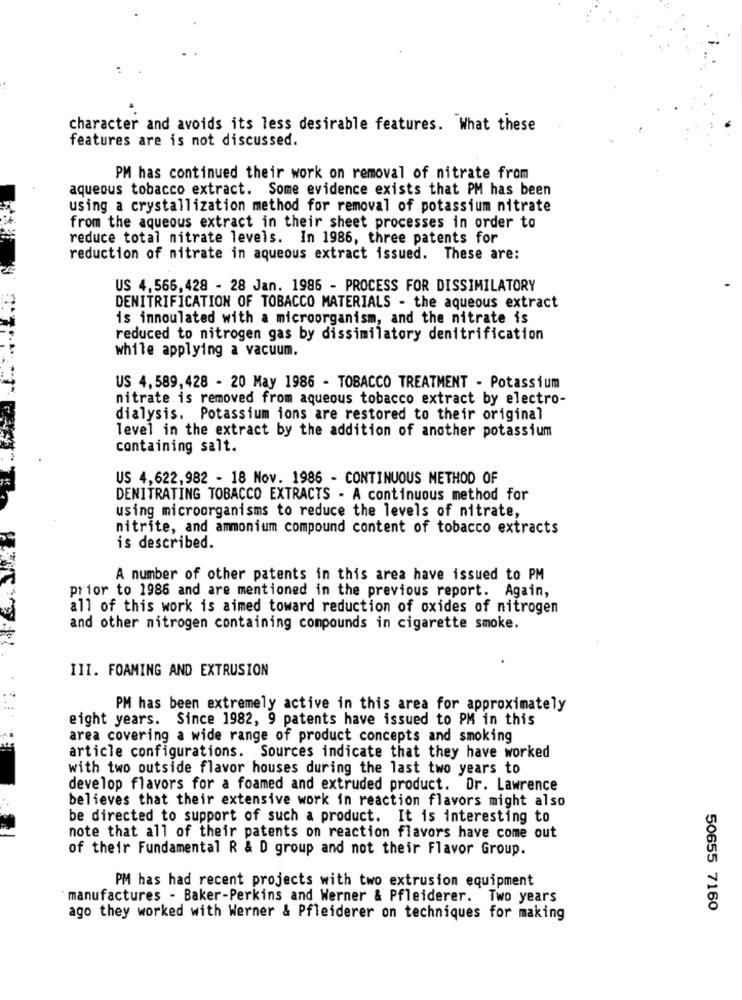
character and avoids its less desirable features. What these
features are is not discussed.
PM has continued their work on removal of nitrate from
aqueous tobacco extract. Some evidence exists that PM has been
using a crystallization method for removal of potassium nitrate
from the aqueous extract in their sheet processes in order to
reduce total nitrate levels. In 1986, three patents for
reduction of nitrate in aqueous extract issued. These are:
US 4,566,428 - 28 Jan. 1986 - PROCESS FOR DISSIMILATORY
DENITRIFICATION OF TOBACCO MATERIALS - the aqueous extract
is innoulated with a microorganism, and the nitrate is
reduced to nitrogen gas by dissimilatory denitrification
while applying a vacuum.
US 4,589,428 - 20 May 1986 - TOBACCO TREATMENT - Potassium
nitrate is removed from aqueous tobacco extract by electro-
dialysis. Potassium ions are restored to their original
level in the extract by the addition of another potassium
containing salt.
US 4,622,982 - 18 Nov. 1986 - CONTINUOUS METHOD OF
DENITRATING TOBACCO EXTRACTS - A continuous method for
using microorganisms to reduce the levels of nitrate,
nitrite, and ammonium compound content of tobacco extracts
is described.
A number of other patents in this area have issued to PM
prior to 1986 and are mentioned in the previous report. Again,
all of this work is aimed toward reduction of oxides of nitrogen
and other nitrogen containing compounds in cigarette smoke.
III. FOAMING AND EXTRUSION
PM has been extremely active in this area for approximately
eight years. Since 1982, 9 patents have issued to PM in this
area covering a wide range of product concepts and smoking
article configurations. Sources indicate that they have worked
with two outside flavor houses during the last two years to
develop flavors for a foamed and extruded product. Dr. Lawrence
believes that their extensive work in reaction flavors might also
be directed to support of such a product. It is interesting to
note that all of their patents on reaction flavors have come out
of their Fundamental R & D group and not their Flavor Group.
PM has had recent projects with two extrusion equipment
manufactures - Baker-Perkins and Werner & Pfleiderer. Two years
50655 7160
ago they worked with Werner & Pfleiderer on techniques for making